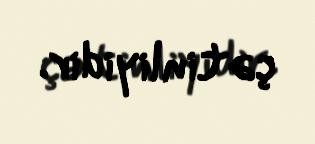
çətinliyidir.